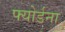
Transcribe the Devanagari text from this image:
फ्योर्डना